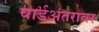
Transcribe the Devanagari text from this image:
यार्डअंतरावर